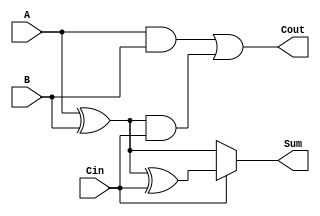
module ConditionalSumFullAdder (
    input wire A,      // First input bit
    input wire B,      // Second input bit
    input wire Cin,    // Carry-in bit
    output wire Sum,   // Resulting sum bit
    output wire Cout   // Carry-out bit
);

    // Intermediate signals for sum and carry calculations
    wire S0;          // Sum without carry-in
    wire S1;          // Sum with carry-in
    wire C0;          // Carry from A and B
    wire C1;          // Carry from S0 and Cin

    // Conditional Sum Calculation
    assign S0 = A ^ B;          // S0 = A XOR B
    assign S1 = S0 ^ Cin;       // S1 = S0 XOR Cin

    // Carry Generation
    assign C0 = A & B;          // C0 = A AND B
    assign C1 = S0 & Cin;       // C1 = S0 AND Cin

    // Final Carry-out
    assign Cout = C0 | C1;      // Cout = C0 OR C1

    // Final Sum Selection based on Cin
    assign Sum = Cin ? S1 : S0; // Sum = S1 if Cin = 1, else S0

endmodule